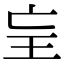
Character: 𤣴